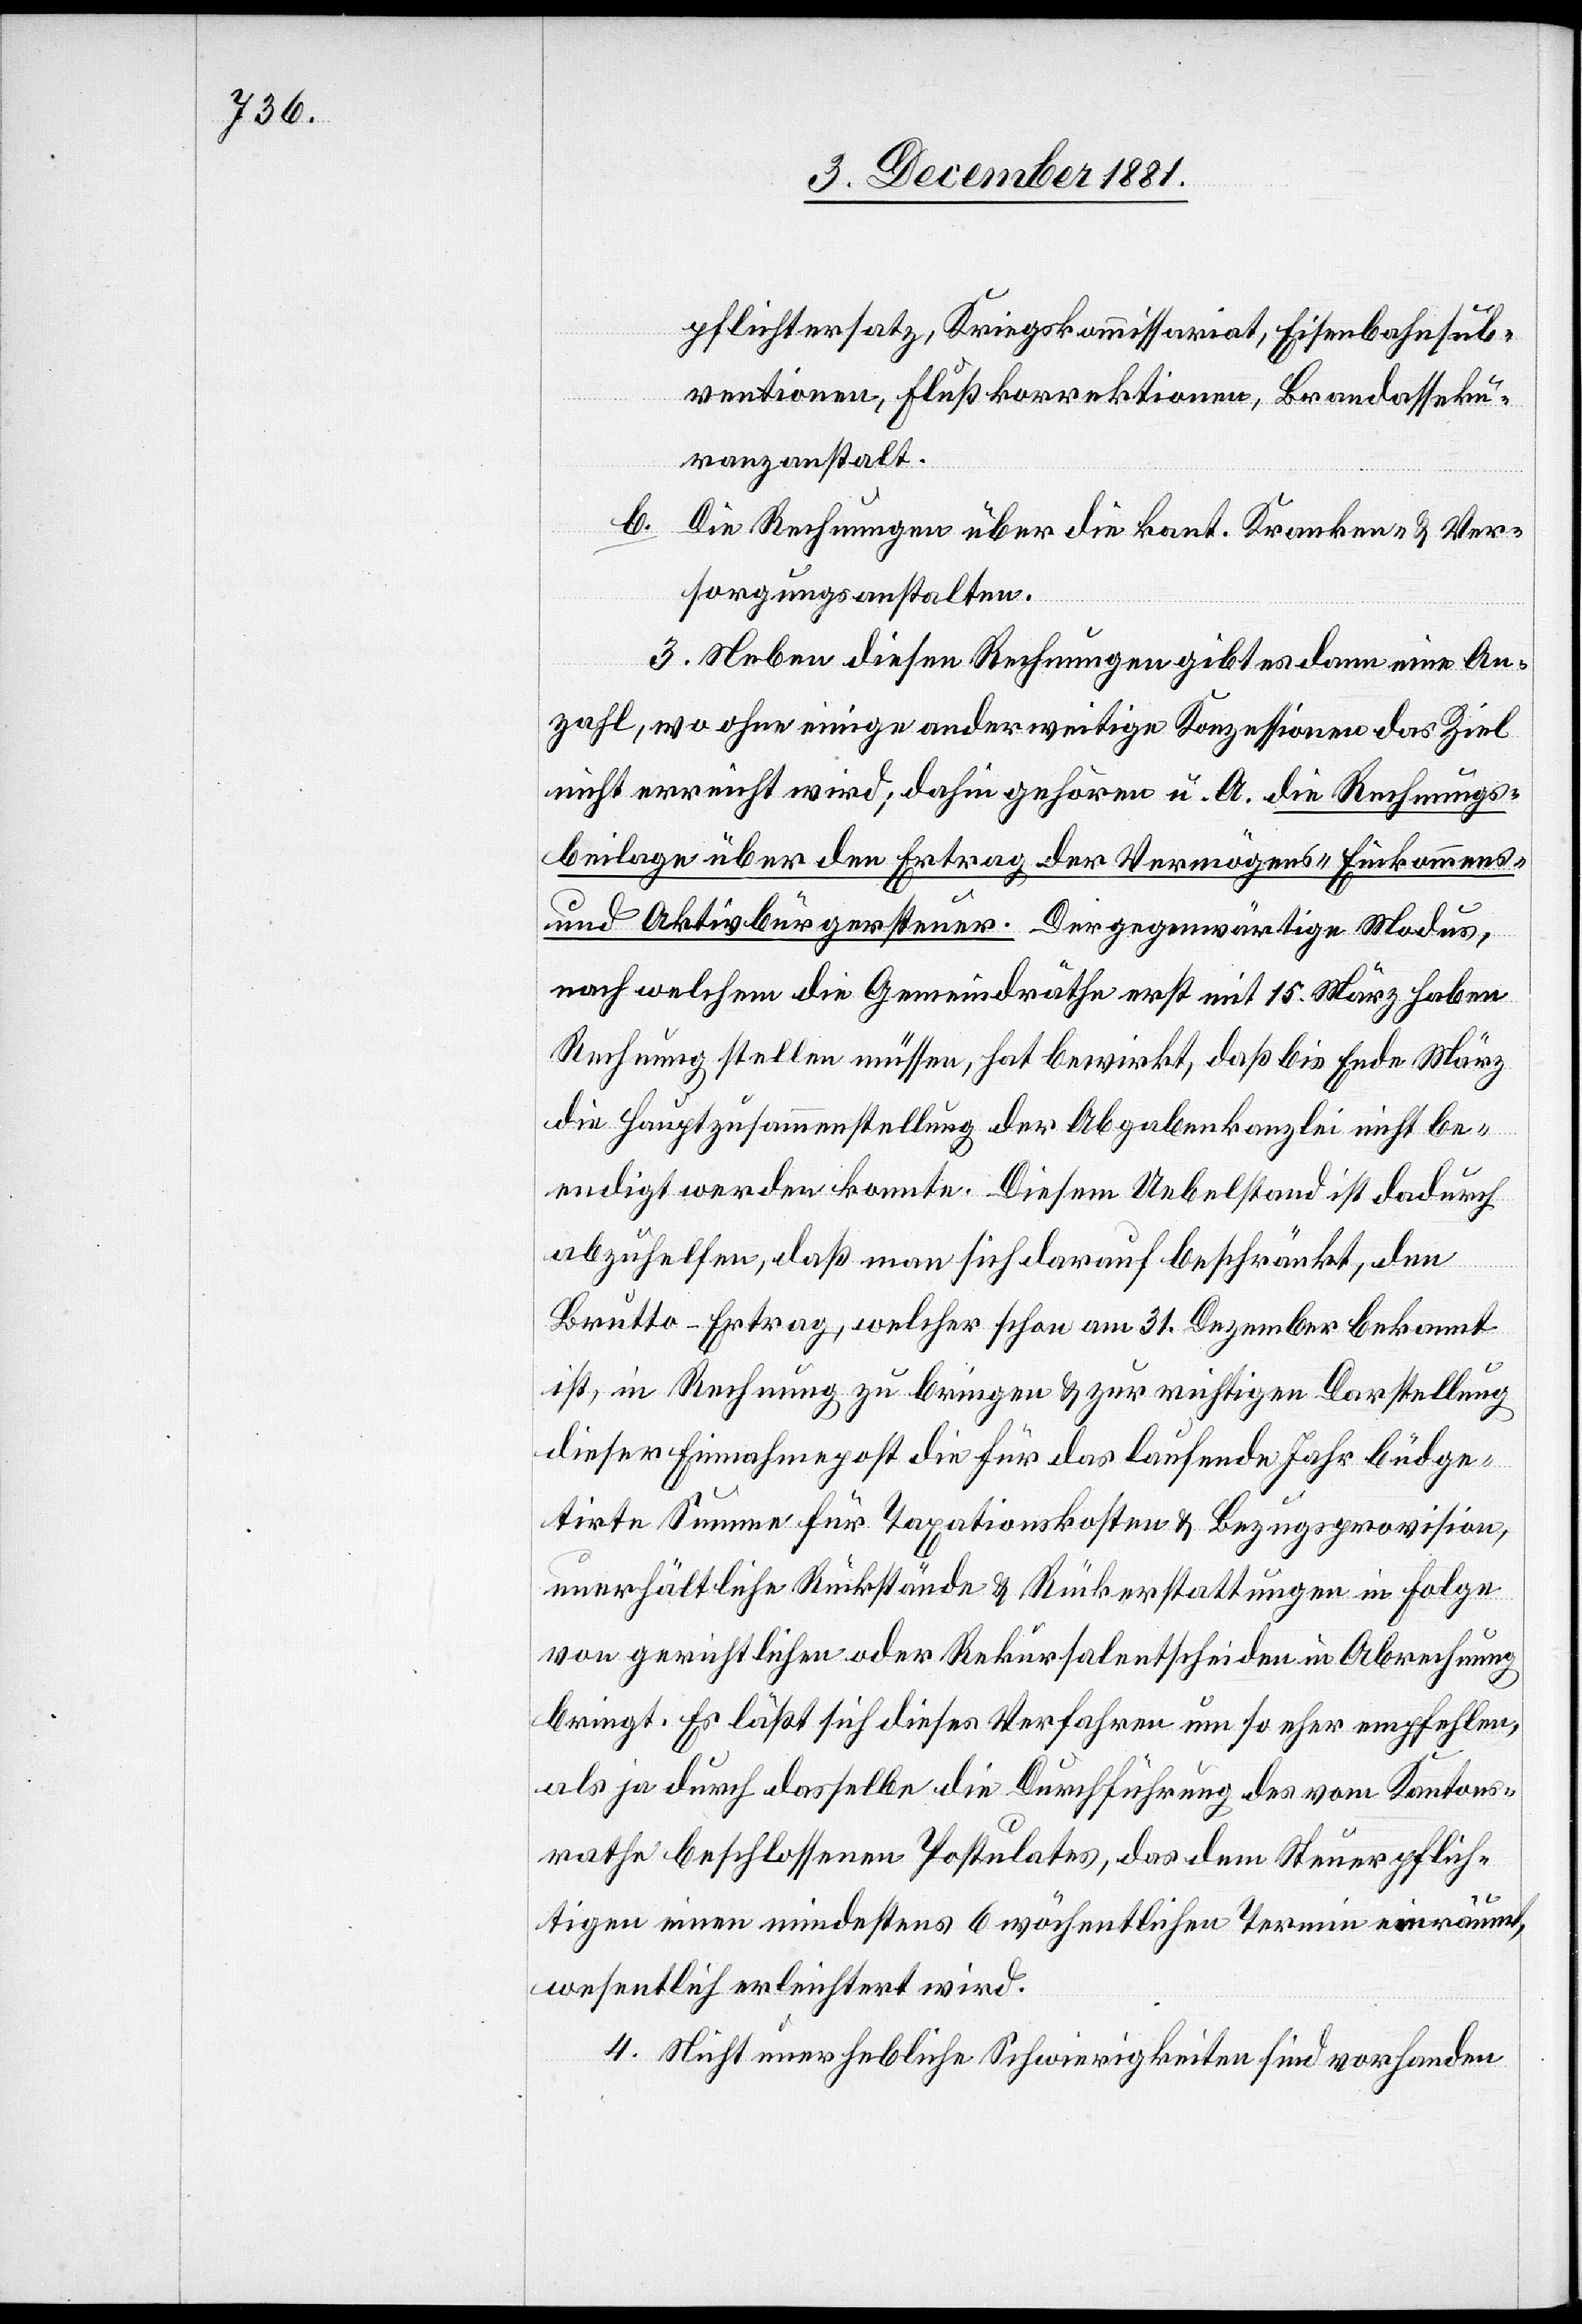
pflichtersatz, Kriegskommissariat, Eisenbahnsub¬
ventionen, Flußkorrektionen, Brandasseku¬
ranzanstalt.
b.
Die Rechnungen über die kant. kranken- & Ver¬
sorgungsanstalten.
3. Neben diesen Rechnungen gibt es dann eine An¬
zahl, wo ohne einige anderweitige Konzessionen das Ziel
nicht erreicht wird; dahin gehören u. A. die Rechnungs¬
beilage über den Ertrag der Vermögens-[,] Einkommens-
& Aktivbürgersteuer. Der gegenwärtige Modus,
nach welchem die Gemeindräthe erst mit 15. März haben
Rechnung stellen müssen, hat bewirkt, daß bis Ende März
die Hauptzusammenstellung der Abgabenkanzlei nicht be¬
endigt werden konnte. Diesem Umstand ist dadurch
abzuhelfen, daß man sich darauf beschränkt, den
Brutto-Ertrag, welcher schon am 31. Dezember bekannt
ist, in Rechnung zu bringen & zur richtigen Darstellung
dieser Einnahmenpost die für das laufende Jahr büdge¬
tierte Summe für Taxationskosten & Bezugsprovision,
unerhältliche Rückstände & Rückerstattungen in Folge
von gerichtlichen oder Rekursalentscheiden in Abrechnung
bringt. Es läßt sich dieses Verfahren um so eher empfehlen,
als ja durch dasselbe die Durchführung des vom Kantons¬
rathe beschlossenen Postulates, das dem Steuerpflich¬
tigen einen mindestens 6 wöchentlichen Termin einräumt,
wesentlich erleichtert wird.
4. Nicht unerhebliche Schwierigkeiten sind vorhanden